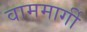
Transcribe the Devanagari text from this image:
वाममार्गी